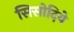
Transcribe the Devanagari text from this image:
सिसोदिये